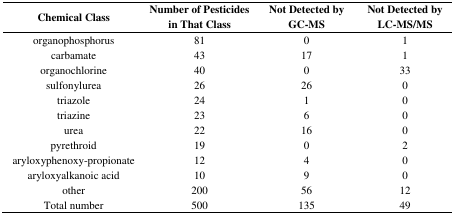
| Chemical Class | Number of Pesticides in That Class | Not Detected by GC-MS | Not Detected by LC-MS/MS |
 | --- | --- | --- | --- |
 | organophosphorus | 81 | 0 | 1 |
 | carbamate | 43 | 17 | 1 |
 | organochlorine | 40 | 0 | 33 |
 | sulfonylurea | 26 | 26 | 0 |
 | triazole | 24 | 1 | 0 |
 | triazine | 23 | 6 | 0 |
 | urea | 22 | 16 | 0 |
 | pyrethroid | 19 | 0 | 2 |
 | aryloxyphenoxy-propionate | 12 | 4 | 0 |
 | aryloxyalkanoic acid | 10 | 9 | 0 |
 | other | 200 | 56 | 12 |
 | Total number | 500 | 135 | 49 |